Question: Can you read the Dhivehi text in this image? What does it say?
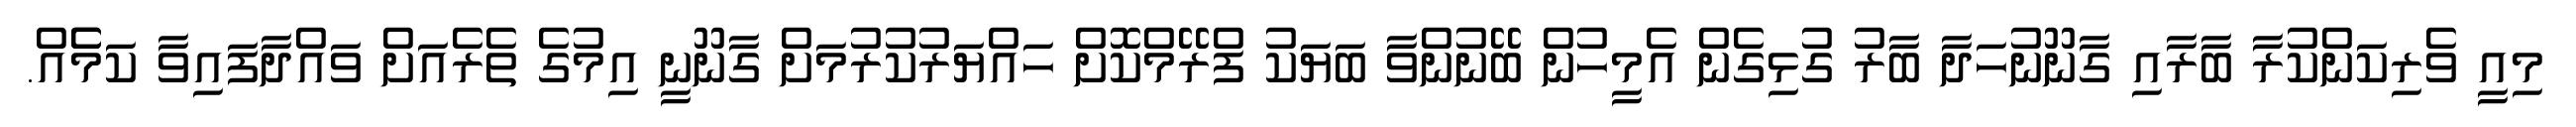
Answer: މިއީ ވެރިކަންކުރާ ބާރާއި ގާނޫނުހަދާ ބާރު ގުޅިގެން އެމީހުން ބޭނުންވާ ބަޔަކު ފްރޭމްކޮށް ހައްޔަރުކުރުމަށް ގާނޫނީ އިމުގެ ތެރެއަށް ވައްދާފައިވާ ކަމެެއް.